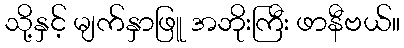
သို့နှင့် မျက်နှာဖြူ အဘိုးကြီး ဖာနီဗယ်။